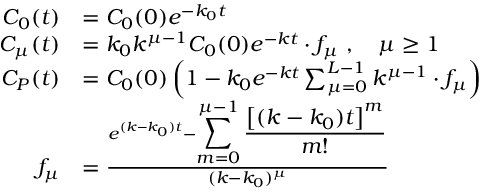
\begin{array} { r l } { C _ { 0 } ( t ) } & { = C _ { 0 } ( 0 ) e ^ { - k _ { 0 } t } } \\ { C _ { \mu } ( t ) } & { = k _ { 0 } k ^ { \mu - 1 } C _ { 0 } ( 0 ) e ^ { - k t } \cdot f _ { \mu } \ , \quad \mu \geq 1 } \\ { C _ { P } ( t ) } & { = C _ { 0 } ( 0 ) \left( 1 - k _ { 0 } e ^ { - k t } \sum _ { \mu = 0 } ^ { L - 1 } k ^ { \mu - 1 } \cdot f _ { \mu } \right) } \\ { f _ { \mu } } & { = \frac { e ^ { ( k - k _ { 0 } ) t } - { \displaystyle \sum _ { m = 0 } ^ { \mu - 1 } \frac { \left[ ( k - k _ { 0 } ) t \right] ^ { m } } { m ! } } } { ( k - k _ { 0 } ) ^ { \mu } } } \end{array}